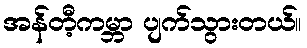
အန်တီ့ကမ္ဘာ ပျက်သွားတယ်။